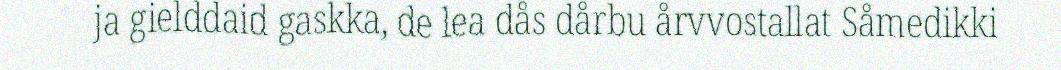
ja gielddaid gaskka, de lea dås dårbu årvvostallat Såmedikki